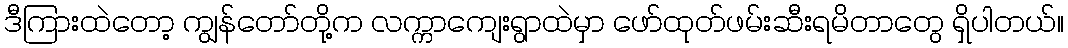
ဒီကြားထဲတော့ ကျွန်တော်တို့က လက္ကာကျေးရွာထဲမှာ ဖော်ထုတ်ဖမ်းဆီးရမိတာတွေ ရှိပါတယ်။